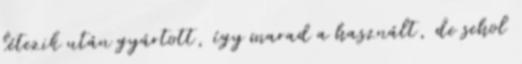
létezik után gyártott, így marad a használt, de sehol